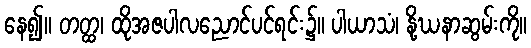
နေ၍။ တတ္ထ၊ ထိုအဇပါလညောင်ပင်ရင်း၌။ ပါယာသံ၊ နို့ဃနာဆွမ်းကို။